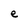
Character: e